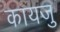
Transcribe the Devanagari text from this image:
कायजु